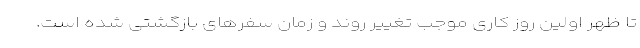
تا ظهر اولین روز کاری موجب تغییر روند و زمان سفرهای بازگشتی شده است.